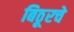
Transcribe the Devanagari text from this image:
बिठूरचे